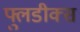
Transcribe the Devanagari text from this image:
फ्लुडीक्स